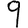
Digit: 9